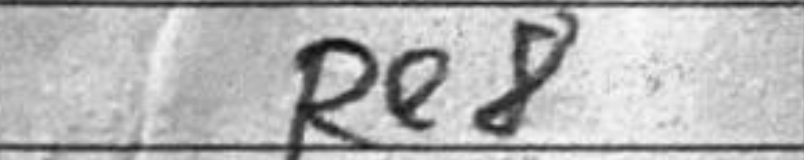
Transcription: Re8